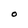
Character: O